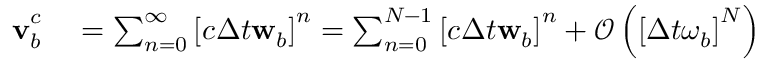
\begin{array} { r l } { \mathbf { v } _ { b } ^ { c _ { } } } & { { } = \sum _ { n = 0 } ^ { \infty } \left[ c _ { } \Delta t { } \mathbf { w } _ { b } \right] ^ { n } = \sum _ { n = 0 } ^ { N _ { \mathrm { } } - 1 } \left[ c _ { } \Delta t { } \mathbf { w } _ { b } \right] ^ { n } + \mathcal { O } \left( \left[ \Delta t { } \omega _ { b } \right] ^ { N _ { \mathrm { } } } \right) } \end{array}